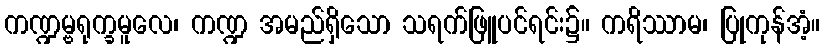
ကဏ္ဍမ္ဗရုက္ခမူလေ၊ ကဏ္ဍ အမည်ရှိသော သရက်ဖြူပင်ရင်း၌။ ကရိဿာမ၊ ပြုကုန်အံ့။